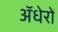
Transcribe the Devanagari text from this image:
ॲधेरों